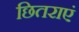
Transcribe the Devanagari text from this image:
छितराएं